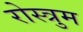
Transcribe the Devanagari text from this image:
रोस्त्रुम